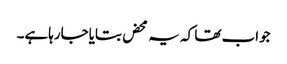
جواب تھا کہ یہ محض بتایاجارہاہے۔